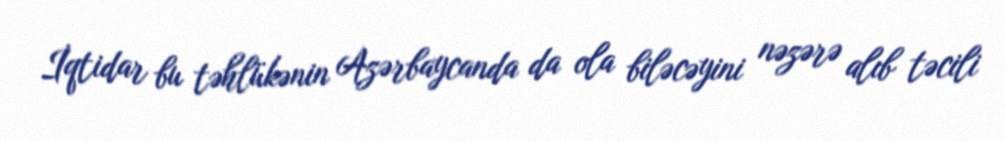
İqtidar bu təhlükənin Azərbaycanda da ola biləcəyini nəzərə alıb təcili